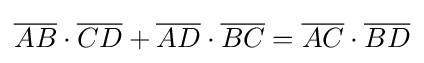
{\overline {AB}}\cdot {\overline {CD}}+{\overline {AD}}\cdot {\overline {BC}}={\overline {AC}}\cdot {\overline {BD}}